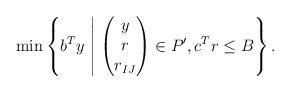
LaTeX: \begin{align*}\min\left\{b^T y \;\middle\vert\;\begin{pmatrix}y\\r\\r_{IJ}\end{pmatrix}\in P',c^T r \leq B\right\}.\end{align*}